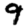
Digit: 9